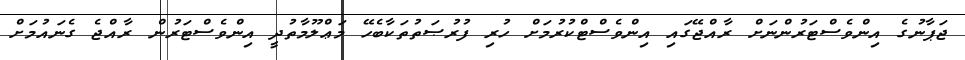
ޖަޕާނުގެ އިންވެސްޓަރުންނަށް ރާއްޖޭގައި އިންވެސްޓްކުރުމަށް ހުރި ފުރުޞަތުތަކާބެހޭ މަޢްލޫމާތުދީ އިންވެސްޓަރުން ރާއްޖެ ގެނައުމަށް